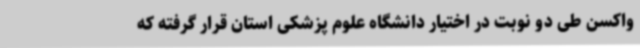
واکسن طی دو نوبت در اختیار دانشگاه علوم پزشکی استان قرار گرفته که